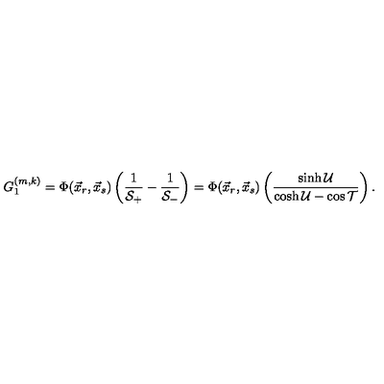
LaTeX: G _ { 1 } ^ { ( m , k ) } = \Phi ( \vec { x } _ { r } , \vec { x } _ { s } ) \left( \frac { 1 } { \mathcal { S } _ { + } } - \frac { 1 } { \mathcal { S } _ { - } } \right) = \Phi ( \vec { x } _ { r } , \vec { x } _ { s } ) \left( \frac { \sinh \mathcal { U } } { \cosh \mathcal { U } - \cos \mathcal { T } } \right) .